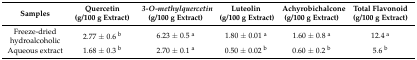
<table><thead><tr><td><b>Samples</b></td><td><b>Quercetin (g/100 g Extract)</b></td><td><b><i>3-O-methylquercetin</i> (g/100 g Extract)</b></td><td><b>Luteolin (g/100 g Extract)</b></td><td><b>Achyrobichalcone (g/100 g Extract)</b></td><td><b>Total Flavonoid (g/100 g Extract)</b></td></tr></thead><tbody><tr><td>Freeze-dried hydroalcoholic</td><td>2.77 ± 0.6 <sup>b</sup></td><td>6.23 ± 0.5 <sup>a</sup></td><td>1.80 ± 0.01 <sup>a</sup></td><td>1.60 ± 0.8 <sup>a</sup></td><td>12.4 <sup>a</sup></td></tr><tr><td>Aqueous extract</td><td>1.68 ± 0.3 <sup>b</sup></td><td>2.70 ± 0.1 <sup>a</sup></td><td>0.50 ± 0.02 <sup>b</sup></td><td>0.60 ± 0.2 <sup>b</sup></td><td>5.6 <sup>b</sup></td></tr></tbody></table>